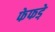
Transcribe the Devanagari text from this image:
फेफडे़